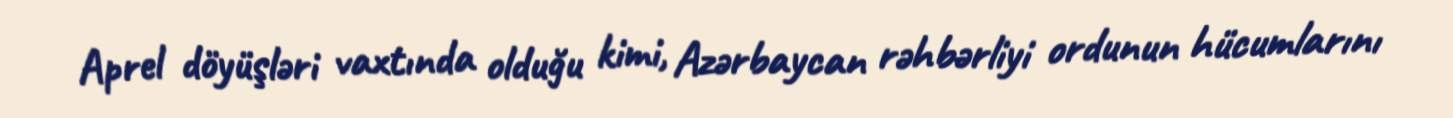
Aprel döyüşləri vaxtında olduğu kimi, Azərbaycan rəhbərliyi ordunun hücumlarını